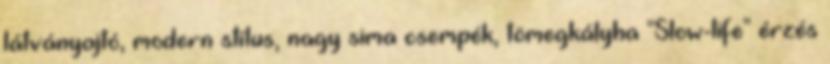
látványajtó, modern stílus, nagy sima csempék, tömegkályha "Slow-life" érzés